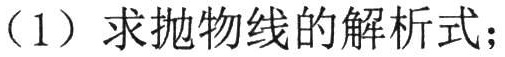
（1）求抛物线的解析式；